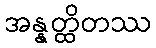
အန္နတ္ထိတဿ